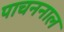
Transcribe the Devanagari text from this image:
पाचननाल